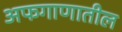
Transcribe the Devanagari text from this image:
अफगाणातील